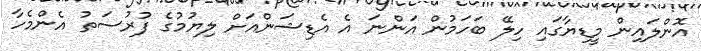
އޮންލައިން މީޑިޔާގައި ހިލޭ ބަހަމުން އަންނަ އެ އެޑިޝަންއަށް ލިޔުމުގެ ފުރުސަތު އެންމެހާ